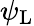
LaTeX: \psi_{\mathrm{{L}}}